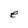
Character: e